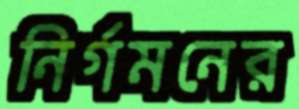
নির্গমনের